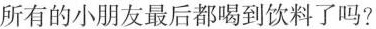
所有的小朋友最后都喝到饮料了吗?